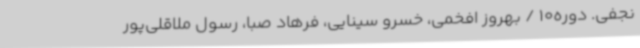
نجفی. دوره10 / بهروز افخمی، خسرو سینایی، فرهاد صبا، رسول ملاقلی‌پور